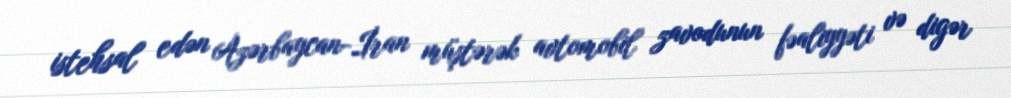
istehsal edən Azərbaycan-İran müştərək avtomobil zavodunun fəaliyyəti və digər